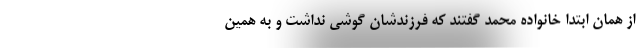
از همان ابتدا خانواده محمد گفتند که فرزندشان گوشی نداشت و به همین